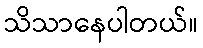
သိသာနေပါတယ်။